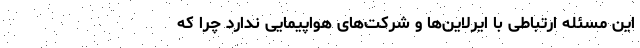
این مسئله ارتباطی با ایرلاین‌ها و شرکت‌های هواپیمایی ندارد چرا که